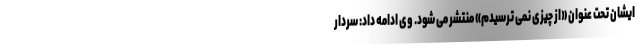
ایشان تحت عنوان «از چیزی نمی ترسیدم» منتشر می شود. وی ادامه داد: سردار